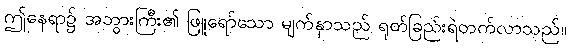
ဤနေရာ၌ အဘွားကြီး၏ ဖြူရော်သော မျက်နှာသည် ရုတ်ခြည်းရဲတက်လာသည်။